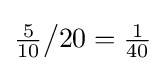
{\tfrac {5}{10}}{\big /}20={\tfrac {1}{40}}